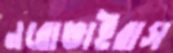
নরোভাইরাস